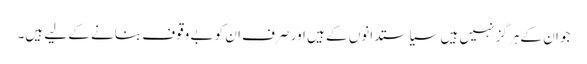
جو ان کے ہرگز نہیں ہیں سیاستدانوں کے ہیں اور صرف ان کو بے وقوف بنانے کے لیے ہیں۔